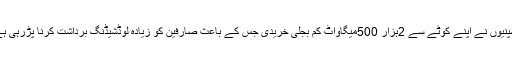
کمپنیوں نے اپنے کوٹے سے 2ہزار 500میگاواٹ کم بجلی خریدی جس کے باعث صارفین کو زیادہ لوڈشیڈنگ برداشت کرنا پڑرہی ہے۔